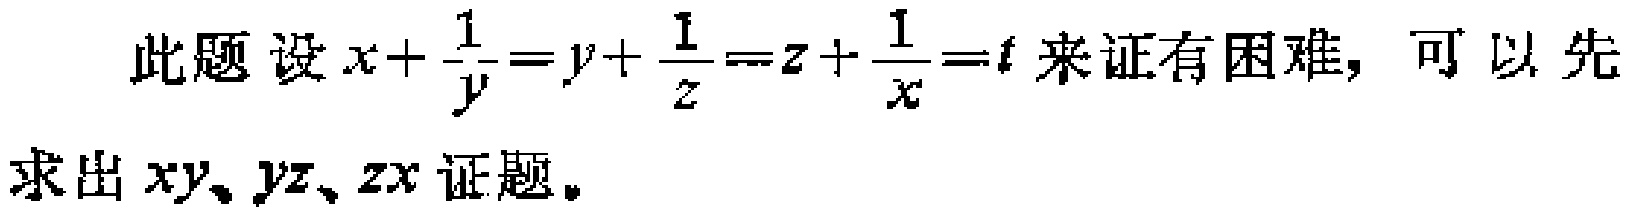
此题设\(x + \frac{1}{y} = y + \frac{1}{z} = z + \frac{1}{x} = t\)来证有困难，可以先求出 \(xy、yz、zx\)证题。